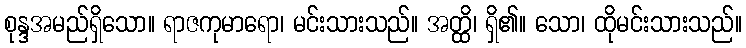
စုန္ဒအမည်ရှိသော။ ရာဇကုမာရော၊ မင်းသားသည်။ အတ္ထိ၊ ရှိ၏။ သော၊ ထိုမင်းသားသည်။